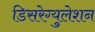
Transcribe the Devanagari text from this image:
डिसरेग्युलेशन